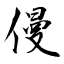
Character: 僈